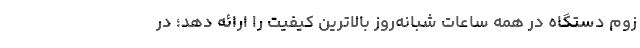
زوم دستگاه در همه ساعات شبانه‌روز بالاترین کیفیت را ارائه دهد؛ در